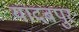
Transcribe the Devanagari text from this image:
यादबपुर